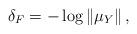
LaTeX: \begin{align*} \delta_F = -\log\|\mu_Y\| \, ,\end{align*}